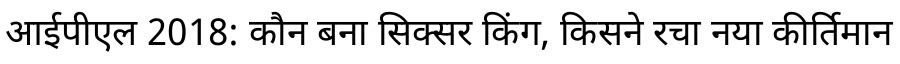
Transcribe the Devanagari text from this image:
आईपीएल 2018: कौन बना सिक्सर किंग, किसने रचा नया कीर्तिमान